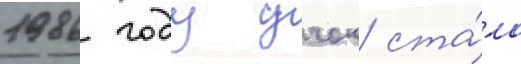
1986 году учок ста́ла